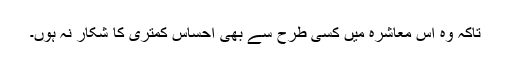
تاکہ وہ اس معاشرہ میں کسی طرح سے بھی احساسِ کمتری کا شکار نہ ہوں۔